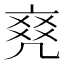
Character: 𠅫